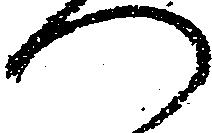
つ